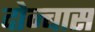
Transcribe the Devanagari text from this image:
दोन्बास